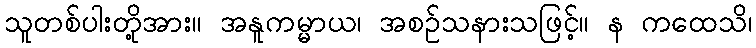
သူတစ်ပါးတို့အား။ အနူကမ္မာယ၊ အစဉ်သနားသဖြင့်။ န ကထေသိ၊